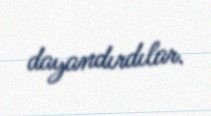
dayandırdılar.